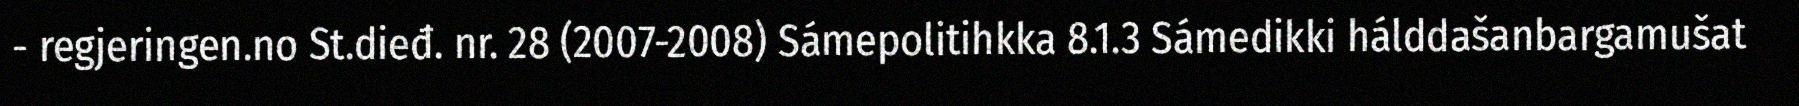
- regjeringen.no St.dieđ. nr. 28 (2007-2008) Sámepolitihkka 8.1.3 Sámedikki hálddašanbargamušat